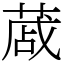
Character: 蒧